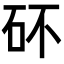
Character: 𥐴